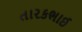
તારકભાઈ